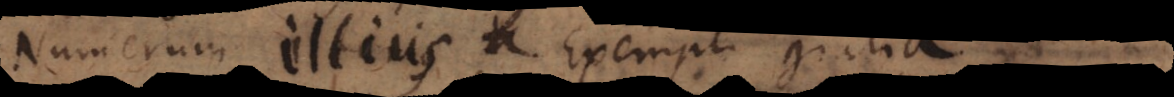
Numerum illius. Exempli gratia,